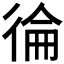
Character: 𭛴